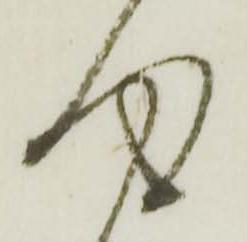
得